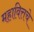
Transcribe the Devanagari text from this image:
महावित्तचे